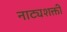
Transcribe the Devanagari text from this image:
नाट्यशक्ती